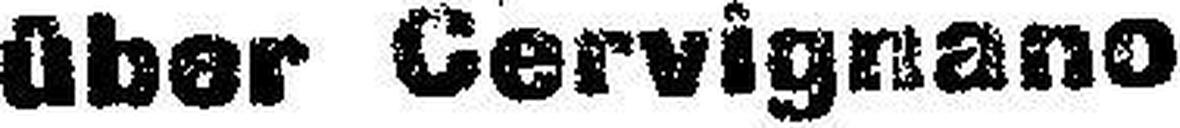
über Cervignano